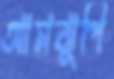
আমঝুপি